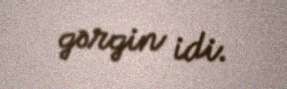
gərgin idi.